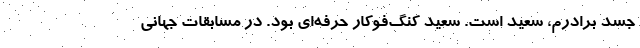
جسد برادرم، سعید است. سعید کنگ‌فوکار حرفه‌ای بود. در مسابقات جهانی